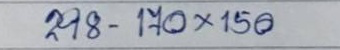
298 - 170 x 150